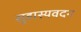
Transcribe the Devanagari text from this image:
सुहास्यवदन